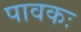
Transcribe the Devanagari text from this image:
पावकः